Annual administration report of the Civil Veterinary Department of India - 1895-1896
Year: 1895
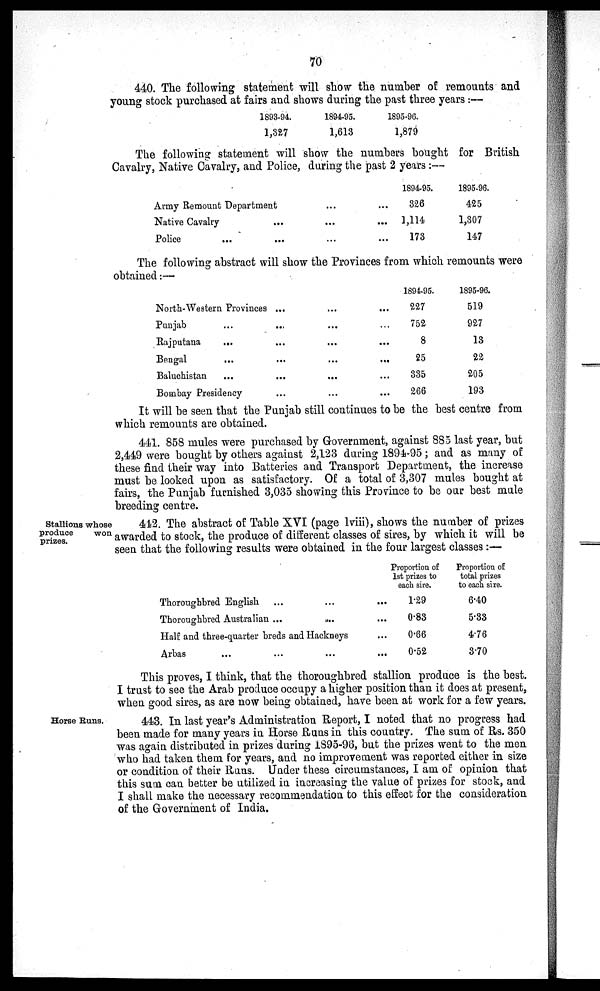
70
440. The following statement will show the number of remounts and
young stock purchased at fairs and shows during the past three years:—
1893-94.
1,327
1894-95.
1,613
1895-96.
1,879
The following statement will show the numbers bought for British
Cavalry, Native Cavalry, and Police, during the past 2 years:—
Army Remount Department ... ...
Native Cavalry ... ... ...
Police ... ... ... ...
1894-95.
326
1,114
173
1895-96.
425
1,307
147
The following abstract will show the Provinces from which remounts were
obtained:—
North-Western Provinces ... ... ...
Punjab ... ... ... ...
Rajputana ... ... ... ...
Bengal ... ... ... ...
Baluchistan ... ... ... ...
Bombay Presidency ... ... ... ...
1894-95.
227
752
8
25
335
266
1895-96.
519
927
13
22
205
193
It will be seen that the Punjab still coutinues to be the best centre from
which remounts are obtained.
441. 858 mules were purchased by Government, against 885 last year, but
2,449 were bought by others against 2,123 during 1894-95; and as many of
these find their way into Batteries and Transport Department, the increase
must be looked upon as satisfactory. Of a total of 3,307 mules bought at
fairs, the Punjab furnished 3,035 showing this Province to be our best male
breeding centre.
Stallions whose
produce
won.
prizes.
442. The abstract of Table XVI (page lviii), shows the number of prizes
awarded to stock, the produce of different classes of sires, by which it will be
seen that the following results were obtained in the four largest classes:—
Thoroughbred English ... ... ...
Thoroughbred Australian ...
... ...
Half and three-quarter breds and Hackneys ....
Arbas ... ... .... ...
Proportion of
1st prizes to
each sire.
1.29
0.83
0.66
0.52
Proportion of
total prizes
to each sire.
6.40
5.33
4.76
3.70
This proves, I think, that the thoroughbred stallion produce is the best.
I trust to see the Arab produce occupy a higher position than it does at present,
when good sires, as are now being obtained, have been at work for a few years.
Horse Runs.
443. In last year's Administration Report, I noted that no progress had
been made for many years in Horse Runs in this country. The sum of Rs. 350
was again distributed in prizes during 1895-96, but the prizes went to the men
who had taken them for years, and no improvement was reported either in size
or condition of their Runs. Under these circumstances, I am of opinion that
this sum can better be utilized in increasing the value of prizes for stock, and
I shall make the necessary recommendation to this effect for the consideration
of the Government of India.